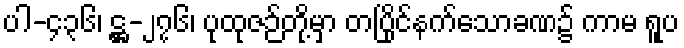
ပါ-၄၃၆၊ ဋ္ဌ-၂၇၆၊ ပုထုဇဉ်တို့မှာ တပြိုင်နက်သောခဏ၌ ကာမ ရူပ